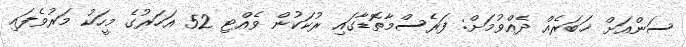
ސަންއަށް ޚަބަރެއް ދެއްވުމަށް: ފަރެސްމާތޮޑާގައި ރުކަކުން ވެއްޓި 52 އަހަރުގެ މީހަކު މަރުވެފައި